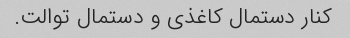
کنار دستمال کاغذی و دستمال توالت.